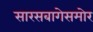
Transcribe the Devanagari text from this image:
सारसबागेसमोर